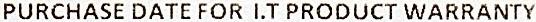
PURCHASE DATE FOR I.T PRODUCT WARRANTY